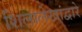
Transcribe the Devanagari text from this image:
शिलालेखांद्वारे